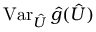
\operatorname { V a r } _ { \hat { U } } \hat { g } ( \hat { U } )